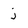
Character: j